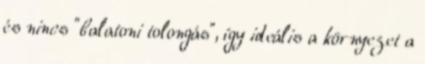
és nincs "balatoni tolongás", így ideális a környezet a